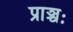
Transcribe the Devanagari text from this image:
प्राञ्चः